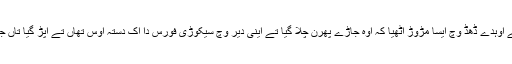
جس ویلے اوہ ڈیوائس لاون لگا تے اوہدے ڈھڈ وچ ایسا مڑوڑ اٹھیا کہ اوہ جاڑے پھرن چلا گیا تے اینی دیر وچ سیکوڑی فورس دا اک دستہ اوس تھاں تے اپڑ گیا تاں جے رستے نوں محفوظ کر سکے ۔